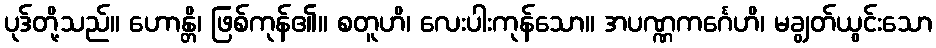
ပုဒ်တို့သည်။ ဟောန္တိ၊ ဖြစ်ကုန်၏။ စတူဟိ၊ လေးပါးကုန်သော။ အပဏ္ဏကင်္ဂေဟိ၊ မချွတ်ယွင်းသော